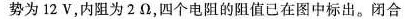
势为12V，内阻为2Ω，四个电阻的阻值已在图中标出。闭合